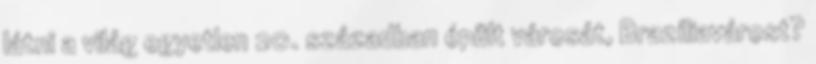
látni a világ egyetlen 20. században épült városát, Brazíliavárost?